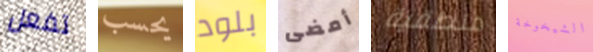
تفعل يحسب بلود أمضى منطقية الشيخوخة